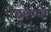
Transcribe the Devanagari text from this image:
ठरण्या